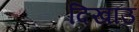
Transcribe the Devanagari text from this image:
दिखाउ